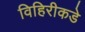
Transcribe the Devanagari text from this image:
विहिरीकडे